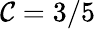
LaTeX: \mathcal{C}=3/5